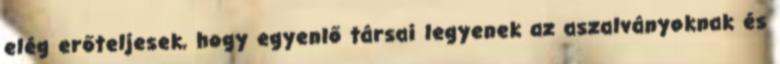
elég erőteljesek, hogy egyenlő társai legyenek az aszalványoknak és